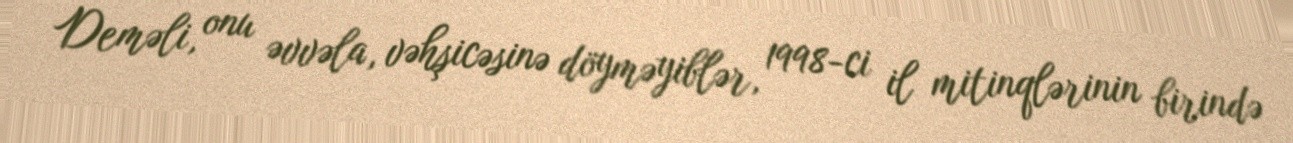
Deməli, onu əvvəla, vəhşicəsinə döyməyiblər, 1998-ci il mitinqlərinin birində